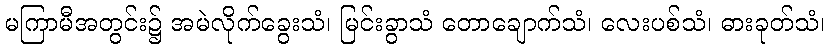
မကြာမီအတွင်း၌ အမဲလိုက်ခွေးသံ၊ မြင်းခွာသံ တောချောက်သံ၊ လေးပစ်သံ၊ ဓားခုတ်သံ၊